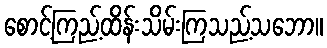
စောင့်ကြည့်ထိန်းသိမ်းကြသည့်သဘော။